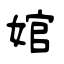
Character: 婠